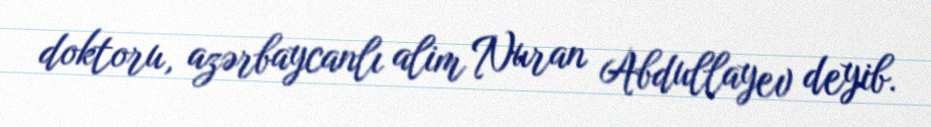
doktoru, azərbaycanlı alim Nuran Abdullayev deyib.